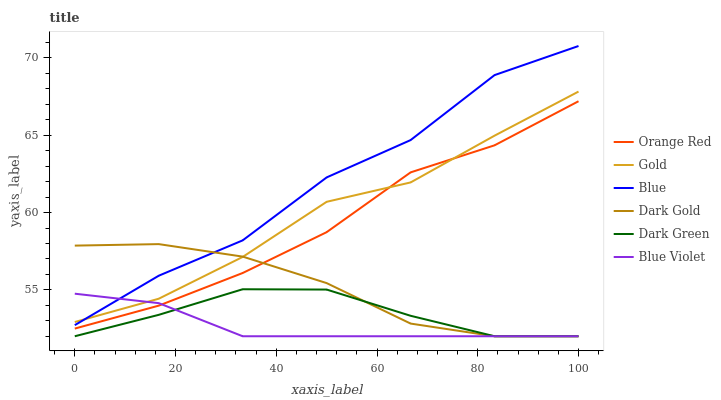
| xaxis_label | Orange Red | Gold | Blue | Dark Gold | Dark Green | Blue Violet |
 | --- | --- | --- | --- | --- | --- | --- |
 | 0 | 52.5 | 52.9 | 52.7 | 57.9 | 52 | 54.8 |
 | 16.7 | 54 | 54.4 | 55.9 | 58 | 53.4 | 54.1 |
 | 33.3 | 56.1 | 57.1 | 58.2 | 57.2 | 55 | 52 |
 | 50 | 58.7 | 60.7 | 62.3 | 55.4 | 55 | 52 |
 | 66.7 | 62.6 | 62 | 64.7 | 52.8 | 53.3 | 52 |
 | 83.3 | 64.4 | 65 | 68.9 | 52 | 52 | 52 |
 | 100 | 67.2 | 67.8 | 70.8 | 52 | 52 | 52 |